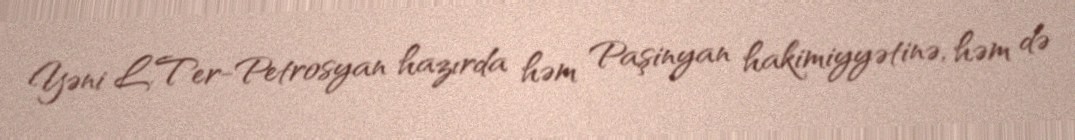
Yəni L.Ter-Petrosyan hazırda həm Paşinyan hakimiyyətinə, həm də